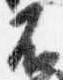
不